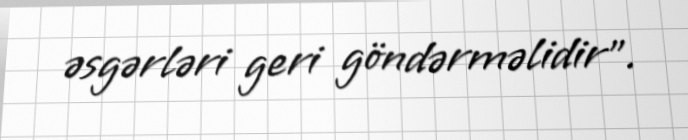
əsgərləri geri göndərməlidir”.